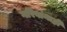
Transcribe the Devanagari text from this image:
गरिबांनाही